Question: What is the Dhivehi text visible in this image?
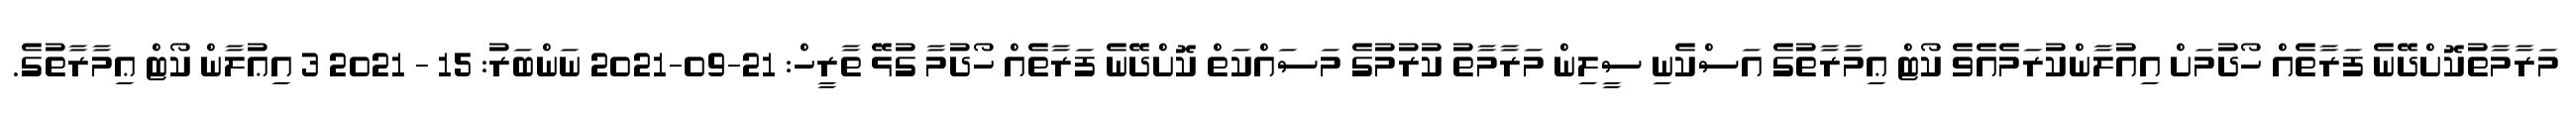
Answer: މަރާމާތުކޮށްދޭނެ ފަރާތެއް ހޯދުމަށް އިއުލާންކުރަމެއެވެ ކޯޓް ޢިމާރާތުގެ އަސްކެނި ސީލިން މަރާމާތު ކުރުމުގެ މަސައްކަތް ކޮށްދޭނެ ފަރާތެއް ހޯދުމާ ގުޅޭ ތާރީހް: 21-09-2021 ނަންބަރު: 15 - 2021 3 އިޢުލާން ކޯޓް ޢިމާރާތުގެ.